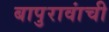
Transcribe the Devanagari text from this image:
बापुरावांची